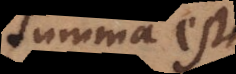
summa est,